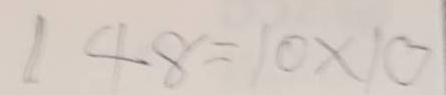
148 = 10x10